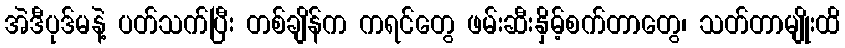
အဲဒီပုဒ်မနဲ့ ပတ်သက်ပြီး တစ်ချိန်က ကရင်တွေ ဖမ်းဆီးနှိမ့်စက်တာတွေ၊ သတ်တာမျိုးထိ